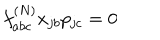
f _ { a b c } ^ { ( N ) } x _ { j b } p _ { j c } = 0